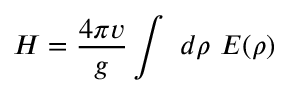
H = \frac { 4 \pi v } { g } \int ~ d \rho ~ \cal { E } ( \rho )